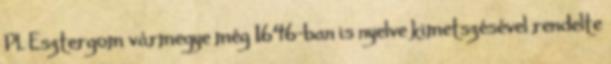
Pl. Esztergom vármegye még 1646-ban is nyelve kimetszésével rendelte